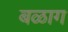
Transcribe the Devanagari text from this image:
बळाग